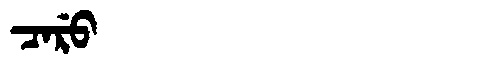
Manchu: ᠴᠠᡵᡠ
Romanization: CARU